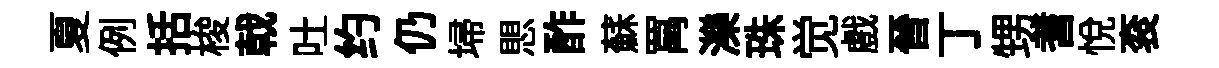
夏例括梭戟吐约仍埽愳酢蘇罥濼珠觉戲晉丁甥耆悦衮